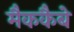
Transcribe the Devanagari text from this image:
मैककैबे